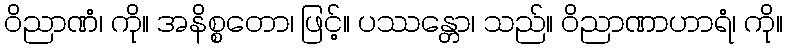
ဝိညာဏံ၊ ကို။ အနိစ္စတော၊ ဖြင့်။ ပဿန္တော၊ သည်။ ဝိညာဏာဟာရံ၊ ကို။